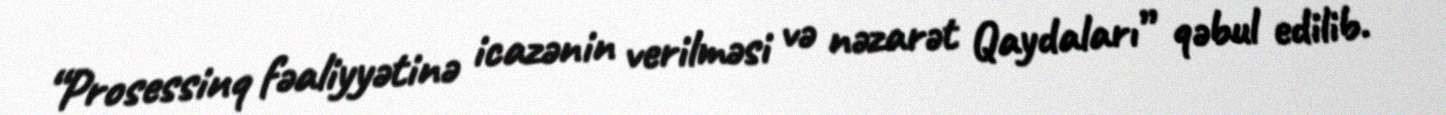
“Prosessinq fəaliyyətinə icazənin verilməsi və nəzarət Qaydaları” qəbul edilib.